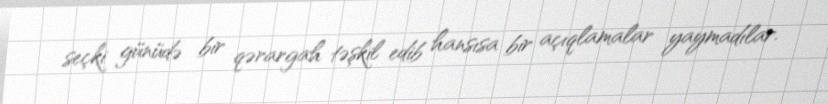
seçki günüdə bir qərargah təşkil edib hansısa bir açıqlamalar yaymadılar.